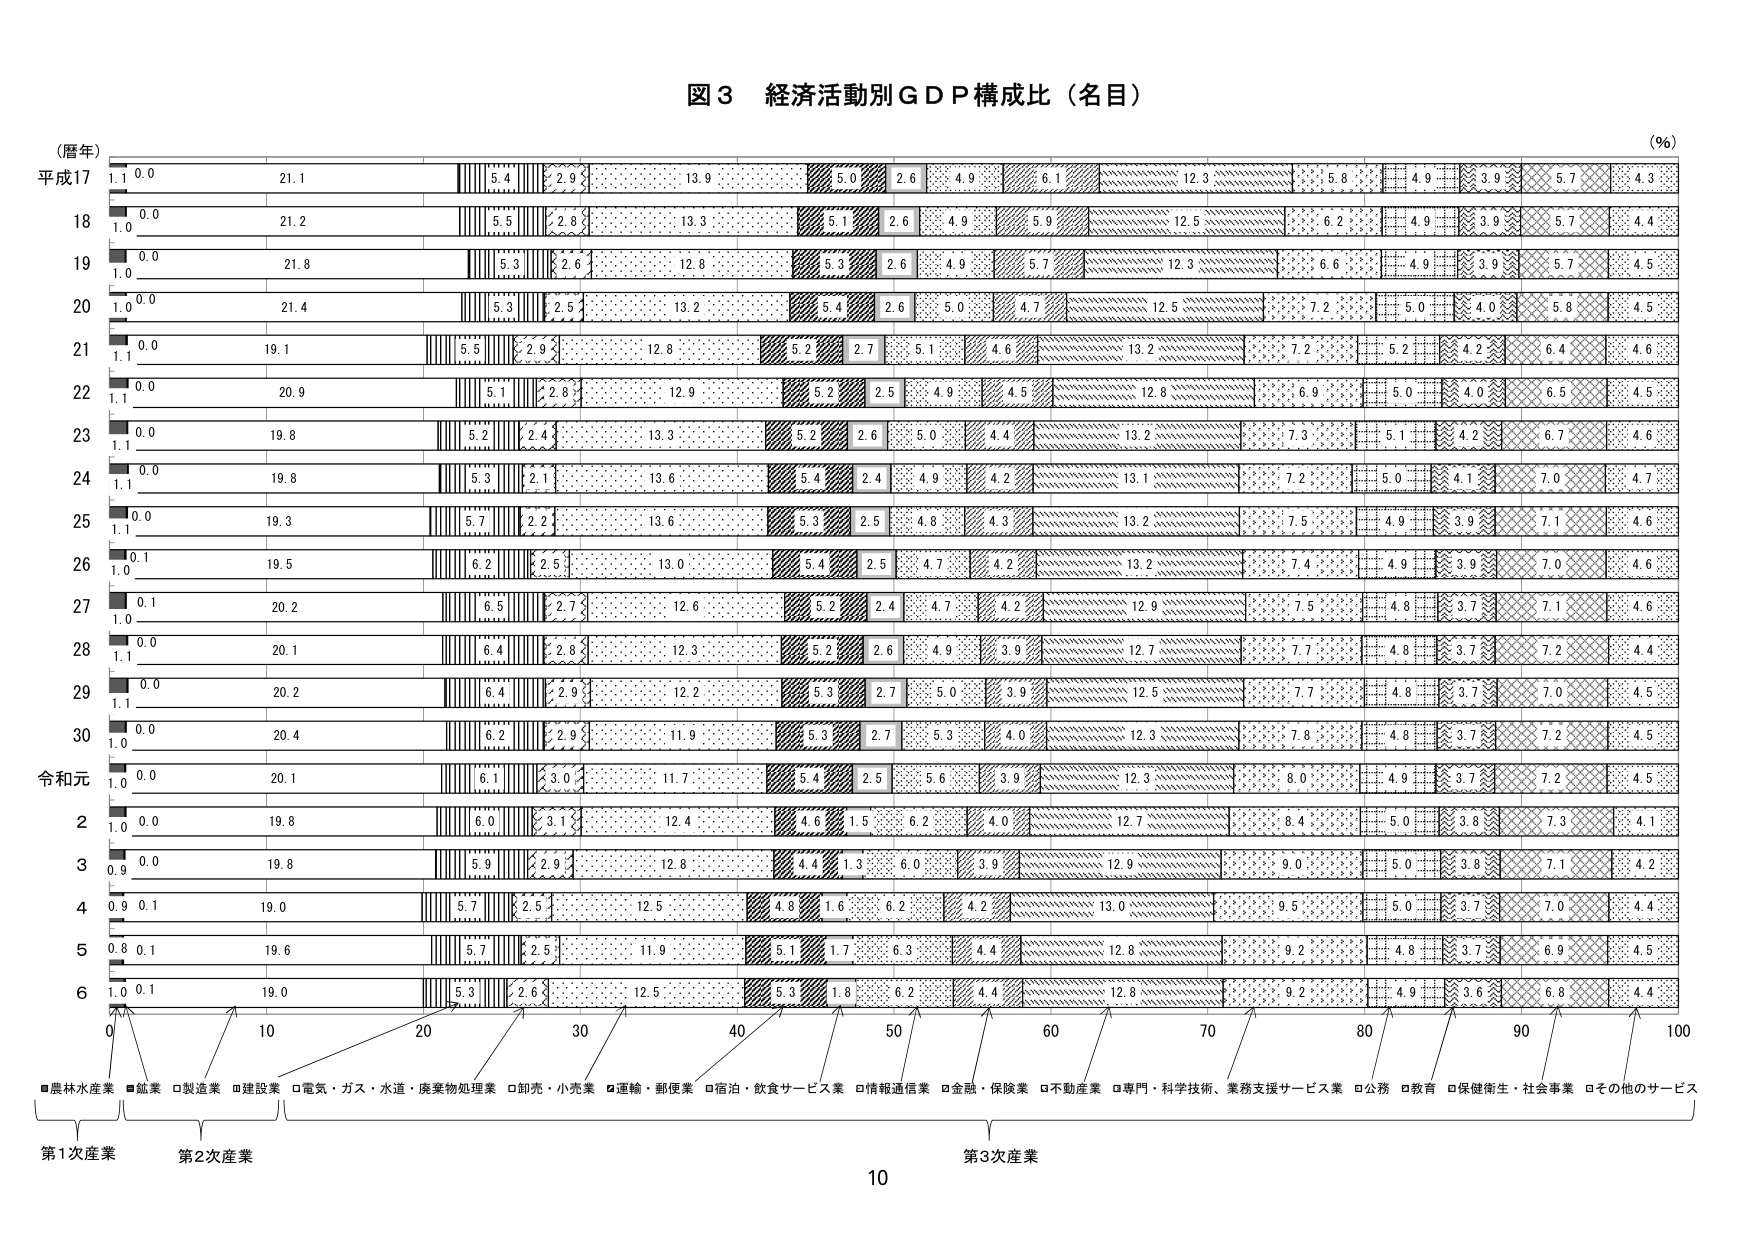
図3 経済活動別ＧＤＰ構成比（名目）

（暦年）
平成17
1.1 0.0 21.1 5.4 2.9 13.9 5.0 2.6 4.9 6.1 12.3 5.8 4.9 3.9 5.7 4.3
18
1.0 0.0 21.2 5.5 2.8 13.3 5.1 2.6 4.9 5.9 12.5 6.2 4.9 3.9 5.7 4.4
19
1.0 0.0 21.8 5.3 2.6 12.8 5.3 2.6 4.9 5.7 12.3 6.6 4.9 3.9 5.7 4.5
20
1.0 0.0 21.4 5.3 2.5 13.2 5.4 2.6 5.0 4.7 12.5 7.2 5.0 4.0 5.8 4.5
21
1.1 0.0 19.1 5.5 2.9 12.8 5.2 2.7 5.1 4.6 13.2 7.2 5.2 4.2 6.4 4.6
22
1.1 0.0 20.9 5.1 2.8 12.9 5.2 2.5 4.9 4.5 12.8 6.9 5.0 4.0 6.5 4.5
23
1.1 0.0 19.8 5.2 2.4 13.3 5.2 2.6 5.0 4.4 13.2 7.3 5.1 4.2 6.7 4.6
24
1.1 0.0 19.8 5.3 2.1 13.6 5.4 2.4 4.9 4.2 13.1 7.2 5.0 4.1 7.0 4.7
25
1.1 0.0 19.3 5.7 2.2 13.6 5.3 2.5 4.8 4.3 13.2 7.5 4.9 3.9 7.1 4.6
26
1.0 0.1 19.5 6.2 2.5 13.0 5.4 2.5 4.7 4.2 13.2 7.4 4.9 3.9 7.0 4.6
27
1.0 0.1 20.2 6.5 2.7 12.6 5.2 2.4 4.7 4.2 12.9 7.5 4.8 3.7 7.1 4.6
28
1.1 0.0 20.1 6.4 2.8 12.3 5.2 2.6 4.9 3.9 12.7 7.7 4.8 3.7 7.2 4.4
29
1.1 0.0 20.2 6.4 2.9 12.2 5.3 2.7 5.0 3.9 12.5 7.7 4.8 3.7 7.0 4.5
30
1.0 0.0 20.4 6.2 2.9 11.9 5.3 2.7 5.3 4.0 12.3 7.8 4.8 3.7 7.2 4.5
令和元
1.0 0.0 20.1 6.1 3.0 11.7 5.4 2.5 5.6 3.9 12.3 8.0 4.9 3.7 7.2 4.5
2
1.0 0.0 19.8 6.0 3.1 12.4 4.6 1.5 6.2 4.0 12.7 8.4 5.0 3.8 7.3 4.1
3
0.9 0.0 19.8 5.9 2.9 12.8 4.4 1.3 6.0 3.9 12.9 9.0 5.0 3.8 7.1 4.2
4
0.9 0.1 19.0 5.7 2.5 12.5 4.8 1.6 6.2 4.2 13.0 9.5 5.0 3.7 7.0 4.4
5
0.8 0.1 19.6 5.7 2.5 11.9 5.1 1.7 6.3 4.4 12.8 9.2 4.8 3.7 6.9 4.5
6
1.0 0.1 19.0 5.3 2.6 12.5 5.3 1.8 6.2 4.4 12.8 9.2 4.9 3.6 6.8 4.4

（％）

0 10 20 30 40 50 60 70 80 90 100

■農林水産業 ■鉱業 □製造業 □建設業 □電気・ガス・水道・廃棄物処理業 □卸売・小売業 □運輸・郵便業 □宿泊・飲食サービス業 □情報通信業 □金融・保険業 □不動産業 □専門・科学技術・業務支援サービス業 □公務 □教育 □保健衛生・社会事業 □その他のサービス

第1次産業 第2次産業 第3次産業

10